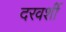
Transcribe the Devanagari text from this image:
दरवर्शी